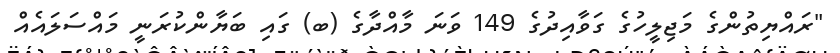
"ރައްޔިތުންގެ މަޖިލީހުގެ ގަވާއިދުގެ 149 ވަނަ މާއްދާގެ (ބ) ގައި ބަޔާންކުރަނީ މައްސަލައެއް